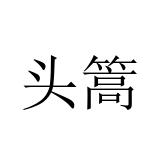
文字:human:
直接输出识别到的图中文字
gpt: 头篙